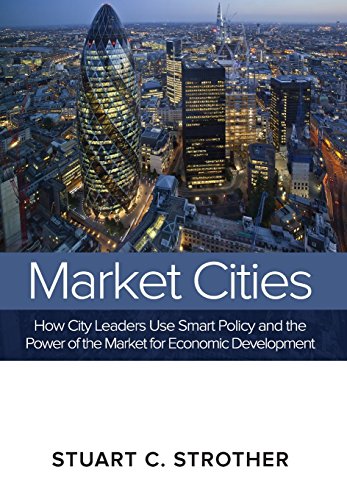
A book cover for Market Cities: How City Leaders Use Smart Policy and the Power of the Market for Economic Development; Stuart C Strother; Business & Money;